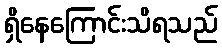
ရှိနေကြောင်းသိရသည်